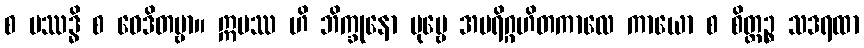
စ ပဿဒ္ဓိ စ ဝေဒိတဗ္ဗာ။ ဣမဿ ဟိ ဘိက္ခုနော ပုဗ္ဗေ အပရိဂ္ဂဟိတကာလေ ကာယော စ စိတ္တဉ္စ သဒရထာ